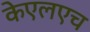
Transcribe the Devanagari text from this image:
केएलएच